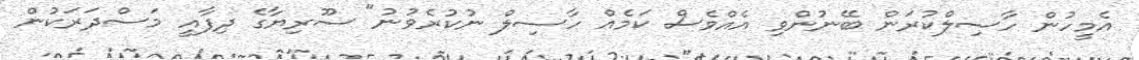
އެމީހުން ހާސިލްކުރަން ބޭނުންވި އެއްވެސް ކަމެއް ހާސިލް ނުކުރެވުނު" ސޫރިޔާގެ ދިފާއީ މަސްދަރަކުން